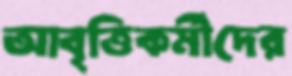
আবৃত্তিকর্মীদের